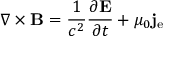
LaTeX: \nabla \times \mathbf { B } = { \frac { 1 } { c ^ { 2 } } } { \frac { \partial \mathbf { E } } { \partial t } } + \mu _ { 0 } \mathbf { j } _ { \mathrm { e } }